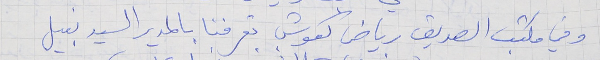
وفي مكتب الصديق رياض كعوش تعرفنا بالمدير السيد نبيل